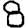
Digit: 8